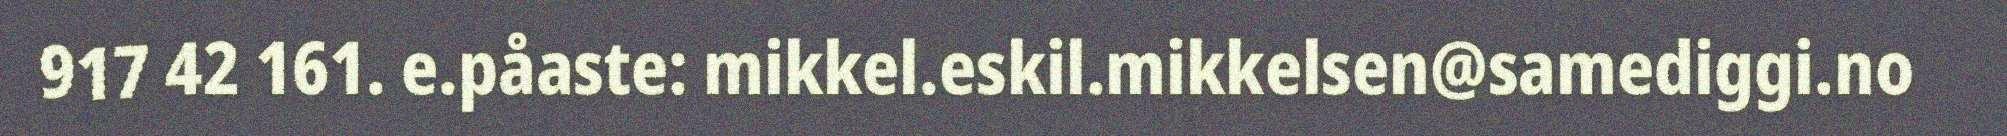
917 42 161. e.påaste: mikkel.eskil.mikkelsen@samediggi.no